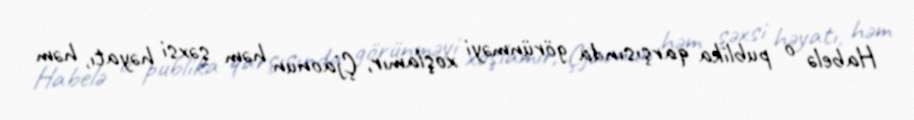
Habelə o publika qarşısında görünməyi xoşlamır, Çjaonun həm şəxsi həyatı, həm